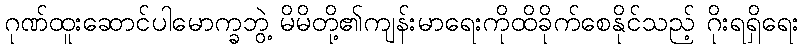
ဂုဏ်ထူးဆောင်ပါမောက္ခဘွဲ့ မိမိတို့၏ကျန်းမာရေးကိုထိခိုက်စေနိုင်သည့် ဂိုးရရှိရေး